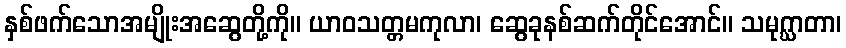
နှစ်ဖက်သောအမျိုးအဆွေတို့ကို။ ယာဝသတ္တမကုလာ၊ ဆွေခုနစ်ဆက်တိုင်အောင်။ သမုဂ္ဃာတာ၊